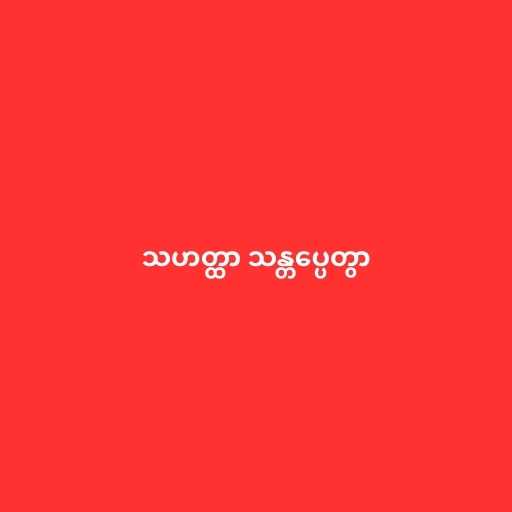
သဟတ္ထာ သန္တပ္ပေတွာ